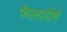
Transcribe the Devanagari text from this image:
फैलायेंगे